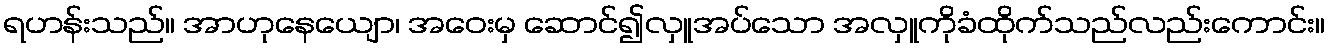
ရဟန်းသည်။ အာဟုနေယျော၊ အဝေးမှ ဆောင်၍လှူအပ်သော အလှူကိုခံထိုက်သည်လည်းကောင်း။